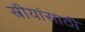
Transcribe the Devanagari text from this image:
स्त्रीयांसाठी